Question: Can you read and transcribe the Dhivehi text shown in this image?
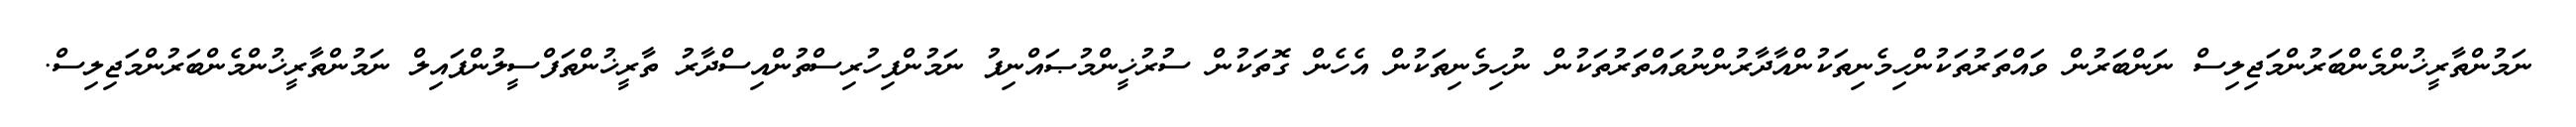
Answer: ނަމުންތާރީޚުންމެންބަރުންމަޖިލިސް ނަންބަރުން ވައްތަރުތަކުންހިމެނިތަކުންއާދާރުންނުވައްތަރުތަކުން ނުހިމެނިތަކުން އެހެން ގޮތަކުން ސުރުޚީންމުޞައްނިފު ނަމުންފިހުރިސްތުންއިސްދާރު ތާރީޚުންތަފްސީލުންފައިލް ނަމުންތާރީޚުންމެންބަރުންމަޖިލިސް.